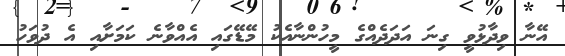
އޭނާ ވިދާޅުވީ ގިނަ އަދަދެއްގެ މީހުންނާއެކު މޭޑޭގައި އެއްވާނެ ކަމަށާއި އެ ދުވަހު